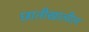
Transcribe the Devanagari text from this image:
छातीखालील